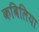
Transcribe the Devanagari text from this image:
कबिलिया